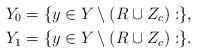
LaTeX: \begin{align*}Y_0&=\{y\in Y\setminus (R\cup Z_c): \},\\Y_1&=\{y\in Y\setminus (R\cup Z_c): \}.\end{align*}